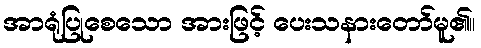
အာရုံပြုစေသော အားဖြင့် ပေးသနားတော်မူ၏။